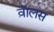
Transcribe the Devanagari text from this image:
व़ाॅलस